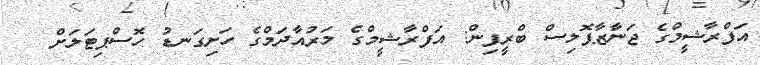
އަފްރާޝީމްގެ ޖަނާޒާޕޮލިސް ބްރީފިން: އަފްރާޝީމްގެ މަރުއާދަމްގެ ހަށިގަނޑު ހޮސްޕިޓަލަށް